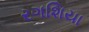
રગશિયા